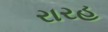
રારહ